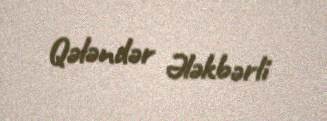
Qələndər Ələkbərli